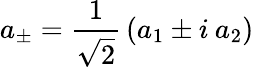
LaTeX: a_{\pm}={\frac{1}{\sqrt 2}}\left(a_{1}\pm i\: a_{2}\right)